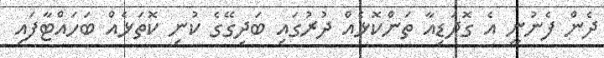
ދެން ފެނުނީ އެ ގޮދަޑިއާ ތަންކޮޅެއް ދުރުގައި ބަދިގޭގެ ކުނި ކޮތަޅެއް ބަހައްޓާފައި